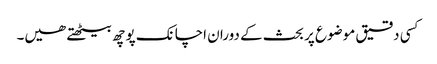
کسی دقیق موضوع پر بحث کے دوران اچانک پوچھ بیٹھتے ھیں۔